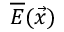
\overline { { E } } ( \vec { x } )